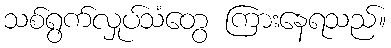
သစ်ရွက်လှုပ်သံတွေ ကြားနေရသည်။